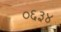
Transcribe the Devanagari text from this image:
०६३४